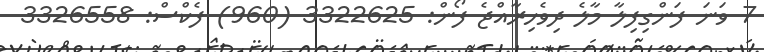
7 ވަނަ ފަންގިފިލާ މާލެ ދިވެހިރާއްޖެ ފޯން: 3322625 (960) ފެކްސް: 3326558